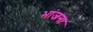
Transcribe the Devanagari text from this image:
भांजना